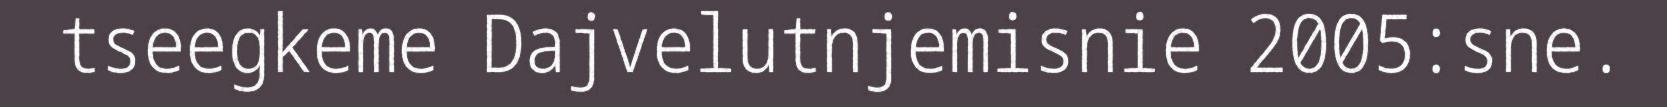
tseegkeme Dajvelutnjemisnie 2005:sne.